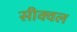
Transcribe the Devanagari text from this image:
सीक्‍वल